331_120752_Numeric_Files_1944–1945_37153_German_Armament_Equipment_Documents
Agency: Department of War
Incident date: 3/18/45
Incident location: Germany
Page 3
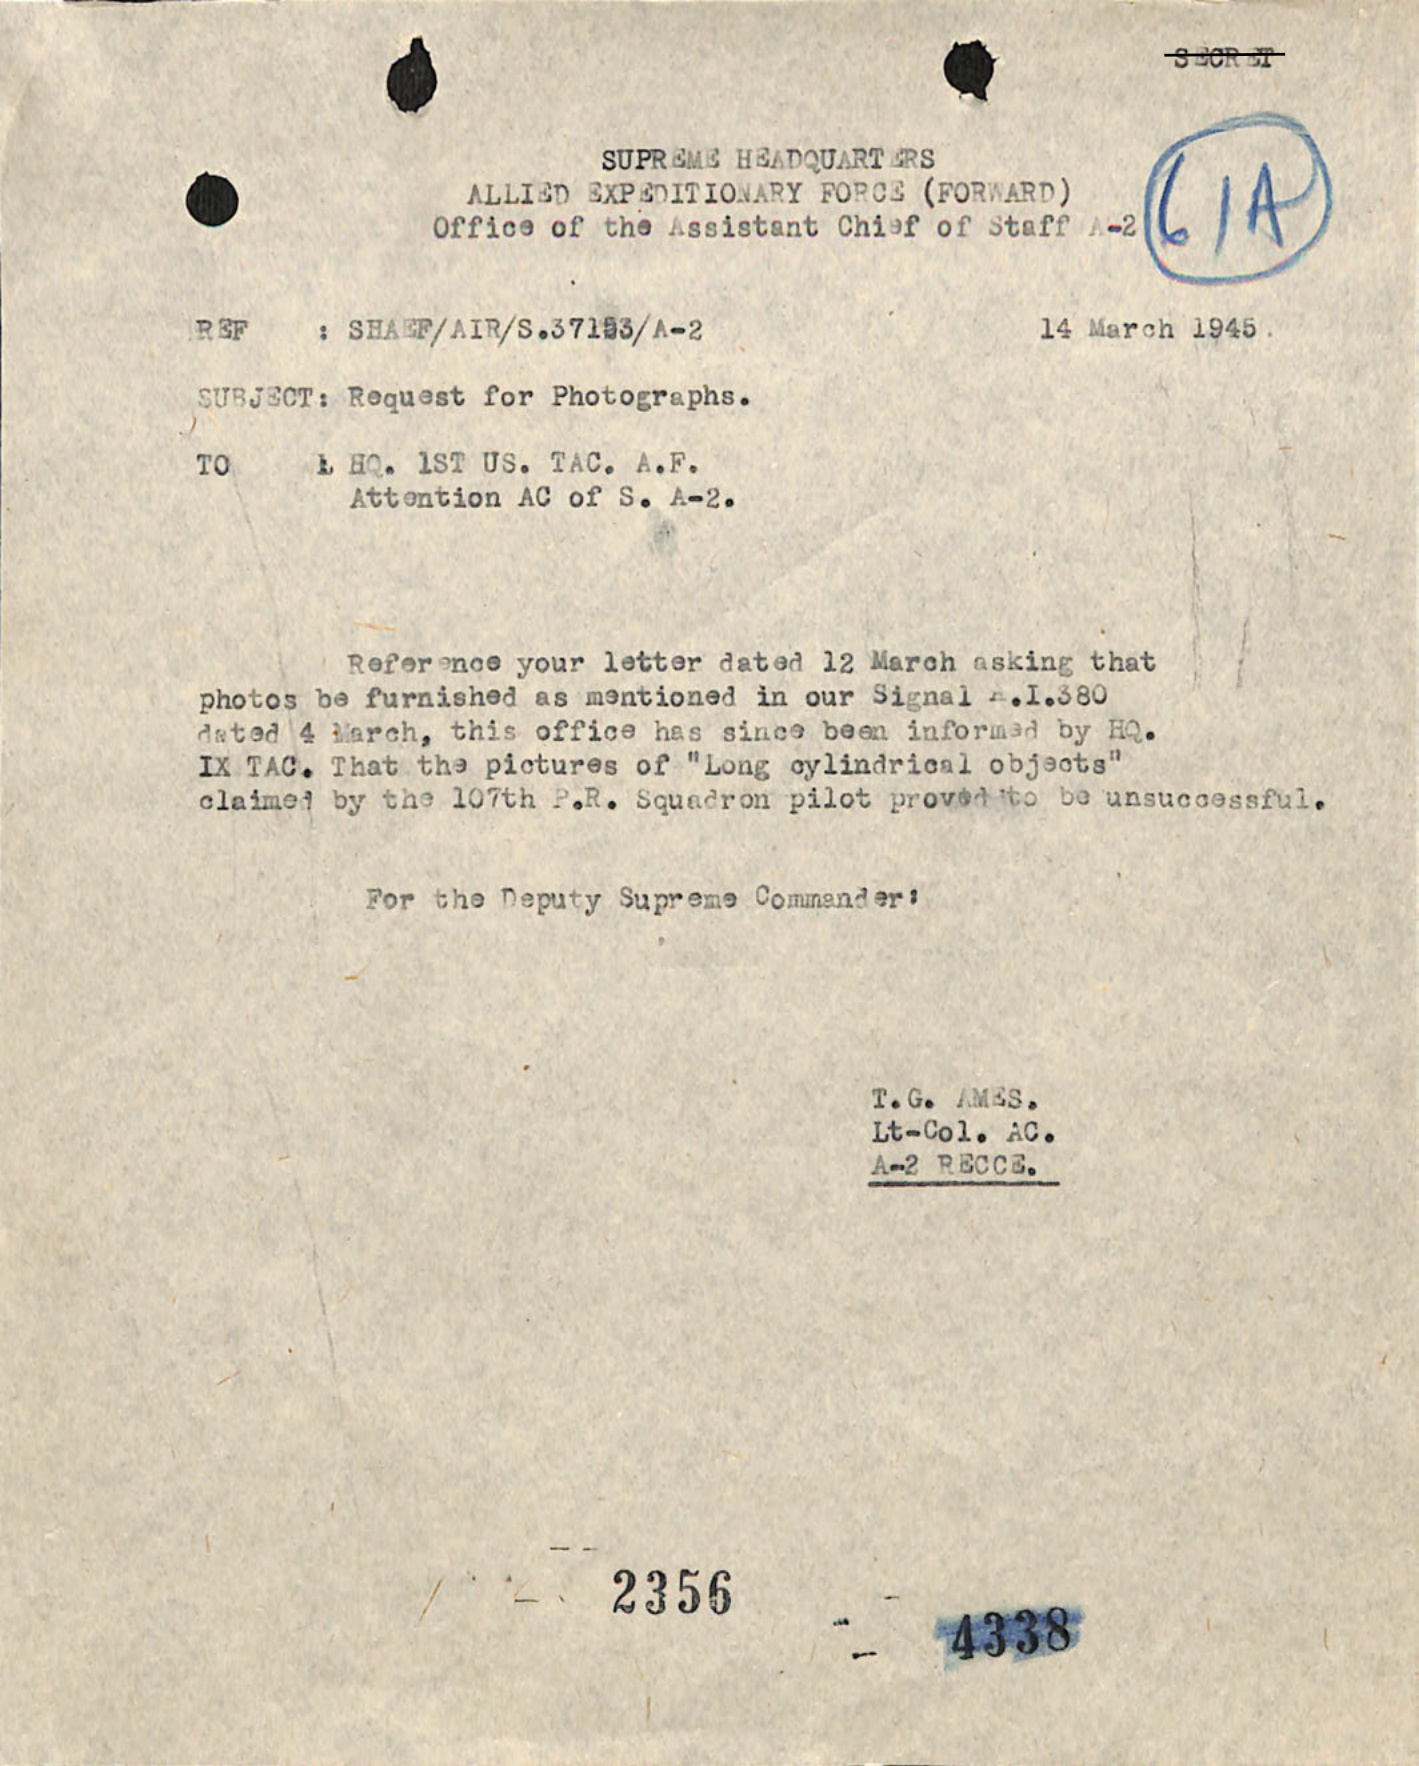